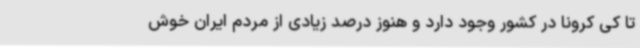
تا کی کرونا در کشور وجود دارد و هنوز درصد زیادی از مردم ایران خوش